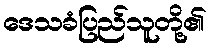
ဒေသခံပြည်သူတို့၏